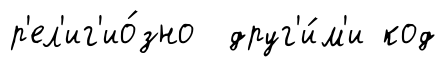
р'ел'иг'ио́зно друг'и́м'и код